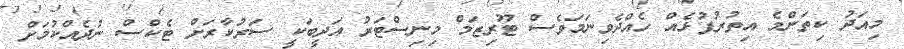
މިއަދު ކިތަންމެ އިތުރުފުޅެއް ހެއްދެވިނަމަވެސް ޓޫރިޒަމް މިނިސްޓަރު އަދީބަކީ ސަރުކާރަށް ޓެކްސް ނުދެއްކުމަށް